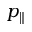
p _ { \| }